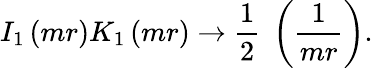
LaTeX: I_{1}\left(mr\right)K_{1}\left(mr\right)\rightarrow{\frac{1}{2}}\; \left({\frac{1}{mr}}\right).